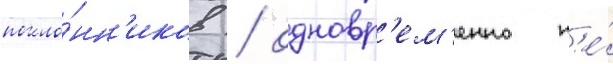
покло́нн'иков / одновр'ем'енно н'е́